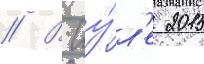
// В иу́л'е 2015